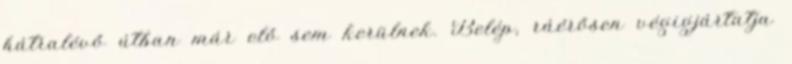
hátralévő útban már elő sem kerülnek. Belép, ráérősen végigjártatja